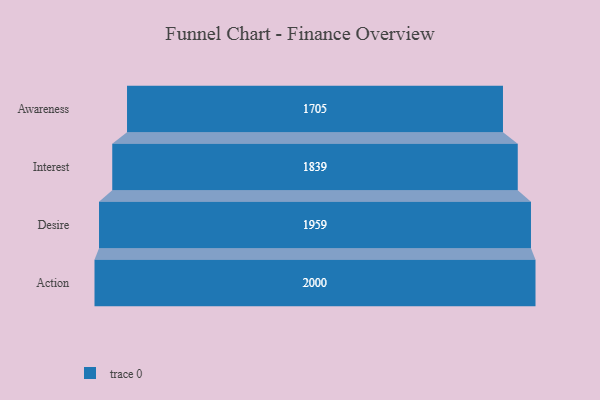
{"axis": {"x": "Stage", "y": "Value"}, "legend": [""], "data": [{"x": "Awareness", "y": 1705.0, "type": ""}, {"x": "Interest", "y": 1839.0, "type": ""}, {"x": "Desire", "y": 1959.0, "type": ""}, {"x": "Action", "y": 2000, "type": ""}]}